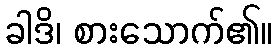
ခါဒိ၊ စားသောက်၏။